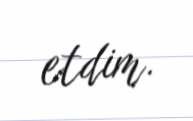
etdim.